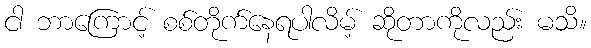
ငါ ဘာကြောင့် စစ်တိုက်နေရပါလိမ့် ဆိုတာကိုလည်း မသိ။